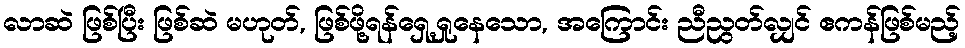
လာဆဲ ဖြစ်ပြီး ဖြစ်ဆဲ မဟုတ်, ဖြစ်ဖို့ရန်ရှေ့ရှုနေသော, အကြောင်း ညီညွတ်လျှင် ဧကန်ဖြစ်မည့်